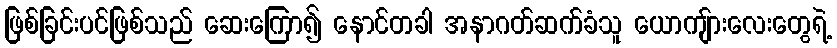
ဖြစ်ခြင်းပင်ဖြစ်သည် ဆေးကြော၍ နောင်တခါ အနာဂတ်ဆက်ခံသူ ယောကျ်ားလေးတွေရဲ့